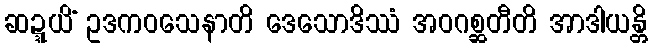
ဆဍ္ဍယိံ ဥဒကဝသေနာတိ ဒေသောဒိဿံ အဝဂစ္ဆတီတိ အာဒါယန္တိ